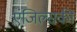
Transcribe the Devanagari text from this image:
एंजिल्सकी